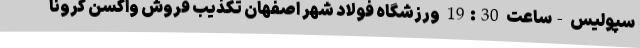
سپولیس -ساعت 19:30 ورزشگاه فولاد شهر اصفهان تکذیب فروش واکسن کرونا